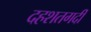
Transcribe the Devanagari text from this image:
दहशतगर्दी